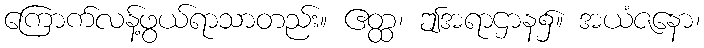
ကြောက်လန့်ဖွယ်ရာသာတည်း။ ဧတ္ထ၊ ဤအရာဌာန၌။ အယံဇနော၊